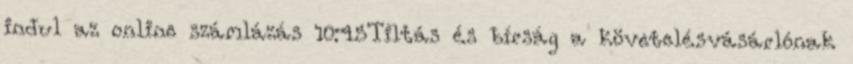
indul az online számlázás 10:45Tiltás és bírság a követelésvásárlónak